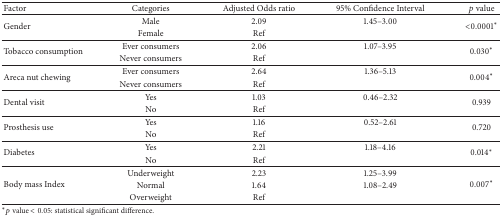
| Factor | Categories | Adjusted Odds ratio | 95% Confidence Interval | p value |
 | --- | --- | --- | --- | --- |
 | <ROWSPAN=2> Gender | Male | 2.09 | 1.45–3.00 | <ROWSPAN=2> <0.0001∗ |
 | Female | Ref |  |
 | <ROWSPAN=2> Tobacco consumption | Ever consumers | 2.06 | 1.07–3.95 | <ROWSPAN=2> 0.030∗ |
 | Never consumers | Ref |  |
 | <ROWSPAN=2> Areca nut chewing | Ever consumers | 2.64 | 1.36–5.13 | <ROWSPAN=2> 0.004∗ |
 | Never consumers | Ref |  |
 | <ROWSPAN=2> Dental visit | Yes | 1.03 | 0.46–2.32 | <ROWSPAN=2> 0.939 |
 | No | Ref |  |
 | <ROWSPAN=2> Prosthesis use | Yes | 1.16 | 0.52–2.61 | <ROWSPAN=2> 0.720 |
 | No | Ref |  |
 | <ROWSPAN=2> Diabetes | Yes | 2.21 | 1.18–4.16 | <ROWSPAN=2> 0.014∗ |
 | No | Ref |  |
 | <ROWSPAN=3> Body mass Index | Underweight | 2.23 | 1.25–3.99 | <ROWSPAN=3> 0.007∗ |
 | Normal | 1.64 | 1.08–2.49 |
 | Overweight | Ref |  |